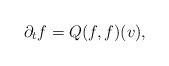
LaTeX: \begin{align*}\partial_t f= Q(f,f)(v),\end{align*}